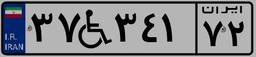
۱۴W۹۳۳۸۹